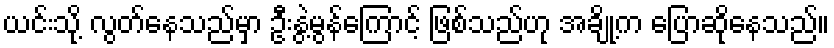
ယင်းသို့ လွတ်နေသည်မှာ ဦးနွဲ့မွန်ကြောင့် ဖြစ်သည်ဟု အချို့က ပြောဆိုနေသည်။